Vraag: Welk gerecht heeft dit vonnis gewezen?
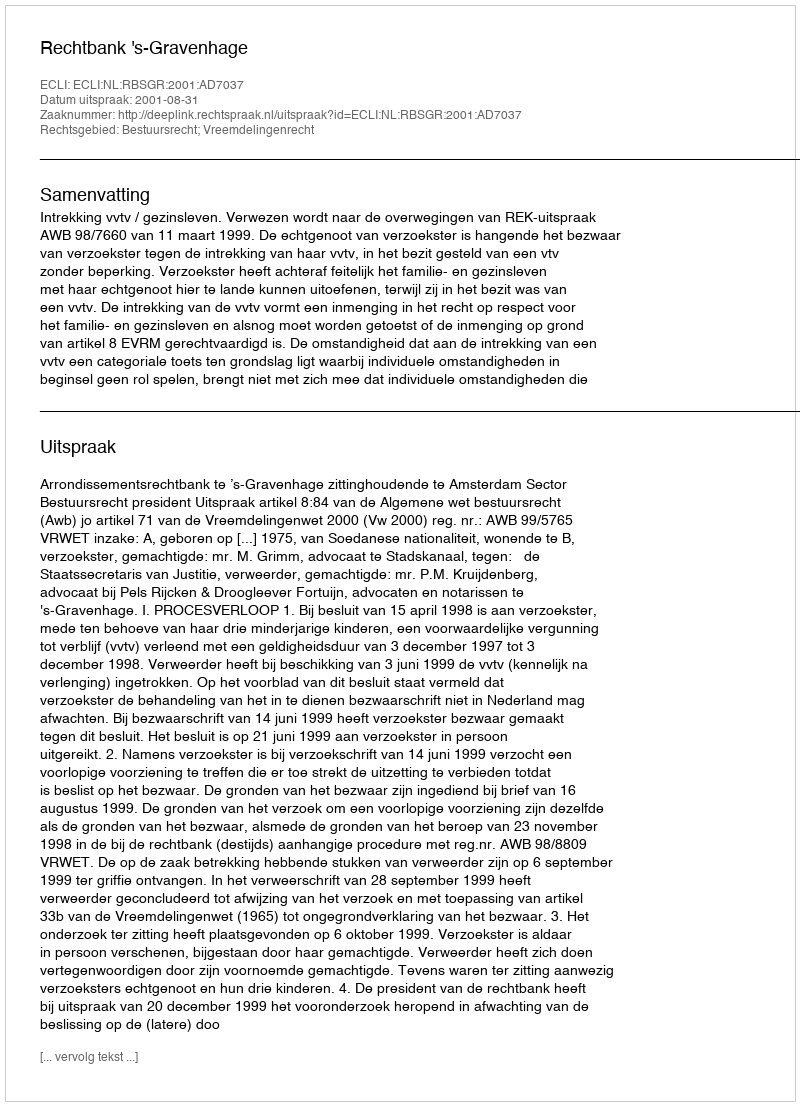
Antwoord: Rechtbank 's-Gravenhage